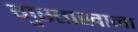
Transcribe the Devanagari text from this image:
गुस्ताखाना